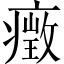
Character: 㿂